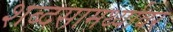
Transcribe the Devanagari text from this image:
शब्दसामर्थ्यावर